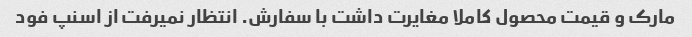
مارک و قیمت محصول کاملا مغایرت داشت با سفارش. انتظار نمیرفت از اسنپ فود